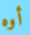
أوه